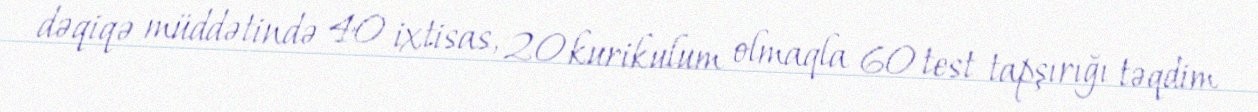
dəqiqə müddətində 40 ixtisas, 20 kurikulum olmaqla 60 test tapşırığı təqdim